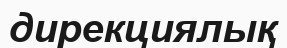
дирекциялық